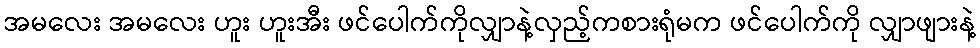
အမလေး အမလေး ဟူး ဟူးအီး ဖင်ပေါက်ကိုလျှာနဲ့လှည့်ကစားရုံမက ဖင်ပေါက်ကို လျှာဖျားနဲ့